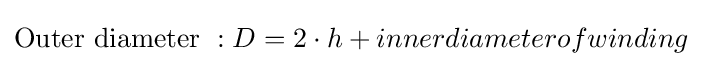
{\text{Outer diameter }}:D=2\cdot h+innerdiameterofwinding